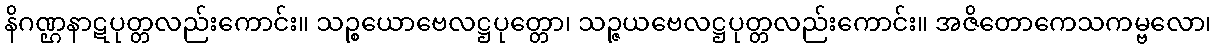
နိဂဏ္ဌနာဋပုတ္တလည်းကောင်း။ သဉ္စယောဗေလဋ္ဌပုတ္တော၊ သဉ္ဇယဗေလဋ္ဌပုတ္တလည်းကောင်း။ အဇိတောကေသကမ္ဗလော၊